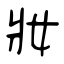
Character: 妝